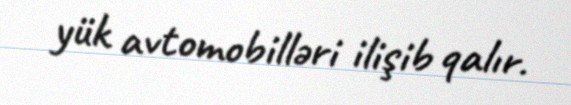
yük avtomobilləri ilişib qalır.